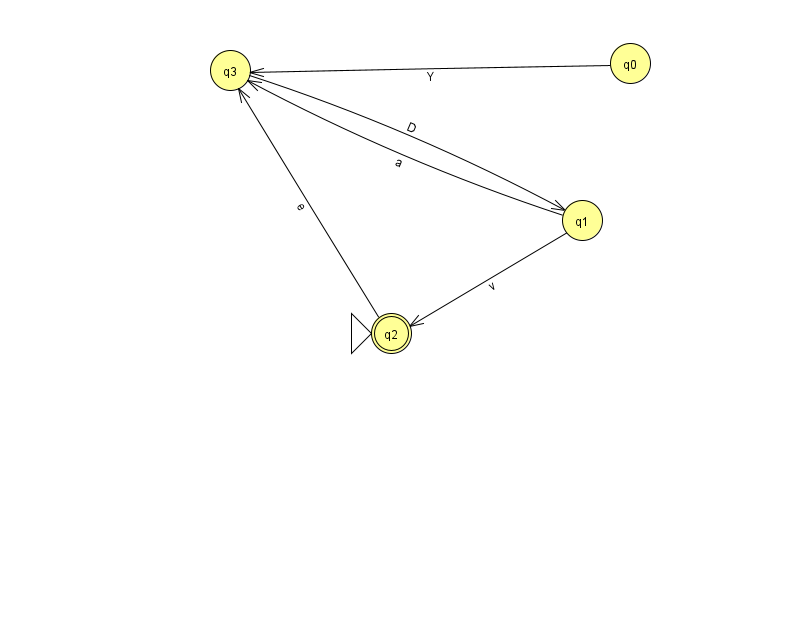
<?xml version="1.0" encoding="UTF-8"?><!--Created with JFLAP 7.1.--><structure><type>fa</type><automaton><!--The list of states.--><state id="0" name="q0"><x>630.0</x><y>50.0</y></state><state id="1" name="q1"><x>582.0</x><y>207.0</y></state><state id="2" name="q2"><x>391.0</x><y>320.0</y><initial/><final/></state><state id="3" name="q3"><x>230.0</x><y>57.0</y></state><!--The list of transitions.--><transition><from>0</from><to>3</to><read>Y</read></transition><transition><from>1</from><to>2</to><read>v</read></transition><transition><from>3</from><to>1</to><read>D</read></transition><transition><from>2</from><to>3</to><read>e</read></transition><transition><from>1</from><to>3</to><read>a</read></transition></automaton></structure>